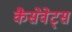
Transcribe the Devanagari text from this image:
कैसेवेट्स